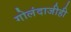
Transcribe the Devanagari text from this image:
गोलंदाजीही